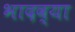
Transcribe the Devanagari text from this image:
भादव्या